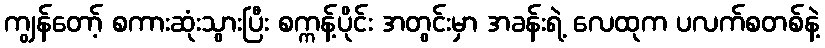
ကျွန်တော့် စကားဆုံးသွားပြီး စက္ကန့်ပိုင်း အတွင်းမှာ အခန်းရဲ့ လေထုက ပလက်စတစ်နဲ့